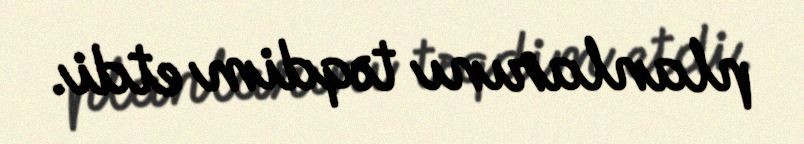
planlarını təqdim etdi.